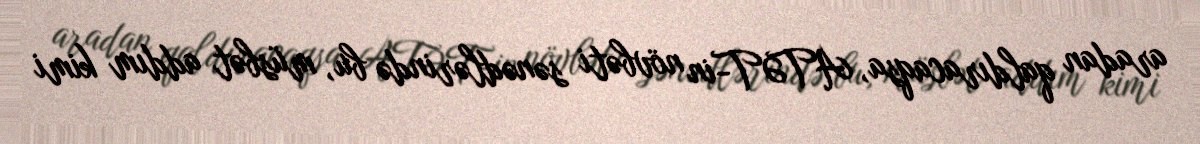
aradan qaldıracaqsa, ATƏT-in növbəti sənədlərində bu, müsbət addım kimi